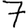
Digit: 7